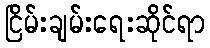
ငြိမ်းချမ်းရေးဆိုင်ရာ